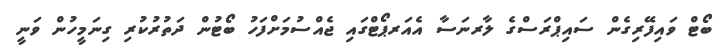
ބޯޓް ވައިފޭރިގެން ސައިޕްރަސްގެ ލާރނަސާ އެއަރޕޯޓްގައި ޖެއްސުމަށްފަހު ބޯޓުން ދަތުރުކުރި ގިނަމީހުން ވަނީ